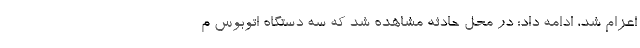
اعزام شد، ادامه داد: در محل حادثه مشاهده شد که سه دستگاه اتوبوس م